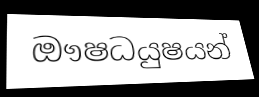
ඖෂධයුෂයන්